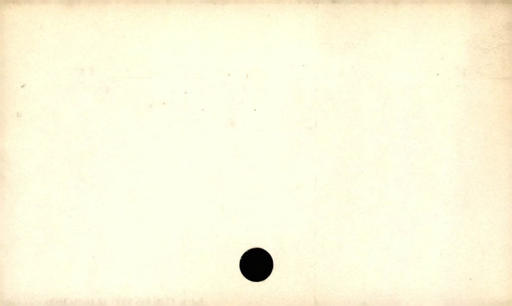
Label: blank